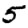
Digit: 5